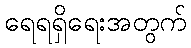
ရေရရှိရေးအတွက်